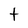
Character: t